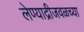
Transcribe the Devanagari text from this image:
लेण्याद्रीजवळच्या